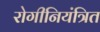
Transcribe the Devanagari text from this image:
रोगीनियंत्रित